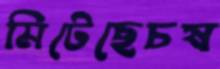
মিটেছেচষ